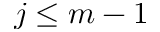
j \leq m - 1